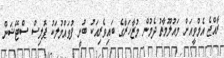
ރާއްޖެ އެމްވީއަށް މައުލޫމާތު ދެމުން މުޒާހަރާގެ ބައިވެރިއަކު ބުނީ ފުވައްމުލަކު ޕޮލިސް ސްޓޭޝަން